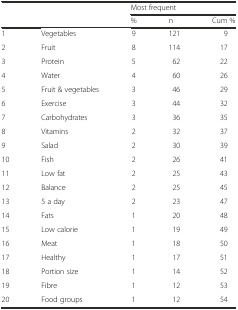
|  |  | <COLSPAN=3> Most frequent |
 |  |  | % | n | Cum % |
 | --- | --- | --- | --- | --- |
 | 1 | Vegetables | 9 | 121 | 9 |
 | 2 | Fruit | 8 | 114 | 17 |
 | 3 | Protein | 5 | 62 | 22 |
 | 4 | Water | 4 | 60 | 26 |
 | 5 | Fruit & vegetables | 3 | 46 | 29 |
 | 6 | Exercise | 3 | 44 | 32 |
 | 7 | Carbohydrates | 3 | 36 | 35 |
 | 8 | Vitamins | 2 | 32 | 37 |
 | 9 | Salad | 2 | 30 | 39 |
 | 10 | Fish | 2 | 26 | 41 |
 | 11 | Low fat | 2 | 25 | 43 |
 | 12 | Balance | 2 | 25 | 45 |
 | 13 | 5 a day | 2 | 23 | 47 |
 | 14 | Fats | 1 | 20 | 48 |
 | 15 | Low calorie | 1 | 19 | 49 |
 | 16 | Meat | 1 | 18 | 50 |
 | 17 | Healthy | 1 | 17 | 51 |
 | 18 | Portion size | 1 | 14 | 52 |
 | 19 | Fibre | 1 | 12 | 53 |
 | 20 | Food groups | 1 | 12 | 54 |